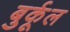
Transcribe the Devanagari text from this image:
बुर्कूल